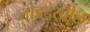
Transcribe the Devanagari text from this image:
तोंडदेखील